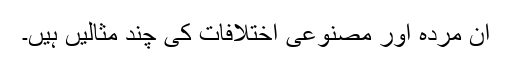
ان مردہ اور مصنوعی اختلافات کی چند مثالیں ہیں۔